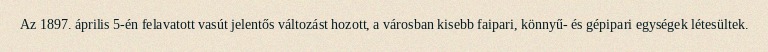
Az 1897. április 5-én felavatott vasút jelentős változást hozott, a városban kisebb faipari, könnyű- és gépipari egységek létesültek.